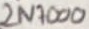
Text: 2N7000